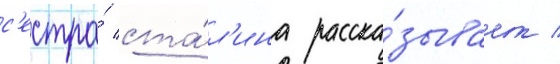
с'естра́ ста́л'ина расска́зывает /